Annual report of the Prince of Wales Medical College, Patna
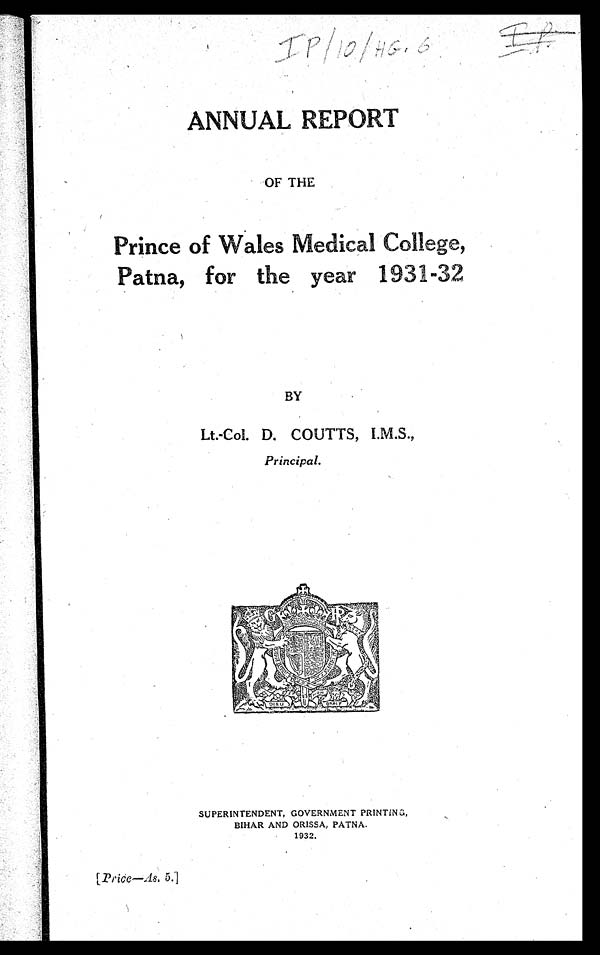
IP|10|HG.6 IP
ANNUAL REPORT
OF THE
Prince of WalesMedical College,
Patna, for the year 19 31-32
BY
Lt.-Col. D. COUTTS, I.M.S.,
Principal.
SUPERINTENDENT, GOVERNMENT PRINTING,
BIHAR AND ORISSA, PATNA.
1932.
[ Price—As. 5.]